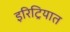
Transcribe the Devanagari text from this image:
इरिट्रियात